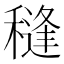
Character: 𮃩